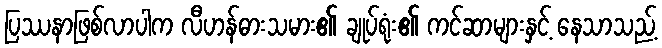
ပြဿနာဖြစ်လာပါက လီဟန်ဓားသမား၏ ချုပ်ရုံး၏ ကင်ဆာများနှင့် နေသာသည့်